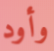
وأود